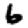
Digit: 6